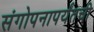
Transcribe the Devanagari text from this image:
संगोपनापर्यंतची